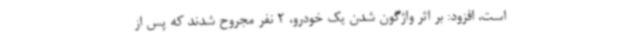
است، افزود: بر اثر واژگون شدن یک خودرو، 2 نفر مجروح شدند که پس از